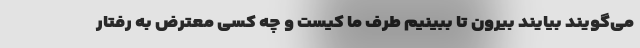
می‌گویند بیایند بیرون تا ببینیم طرف ما کیست و چه کسی معترض به رفتار